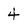
Character: 4